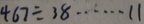
4 6 7 \div 3 8 \cdots 1 1